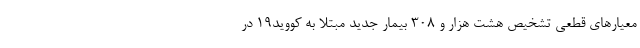
معیار‌های قطعی تشخیص هشت هزار و ۳۰۸ بیمار جدید مبتلا به کووید۱۹ در